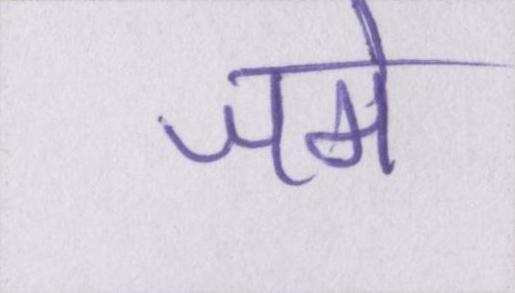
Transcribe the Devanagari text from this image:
जमे